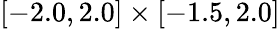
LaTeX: [-2.0,2.0]\times[-1.5,2.0]